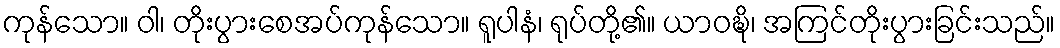
ကုန်သော။ ဝါ၊ တိုးပွားစေအပ်ကုန်သော။ ရူပါနံ၊ ရုပ်တို့၏။ ယာဝဍ္ဎိ၊ အကြင်တိုးပွားခြင်းသည်။